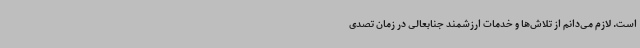
است. لازم می‌دانم از تلاش‌ها و خدمات ارزشمند جنابعالی در زمان تصدی